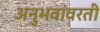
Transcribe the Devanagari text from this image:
अनुभवांवरती